Lunatic asylums in Bengal annual reports 1912-1924 - 1912-1924
Year: 1912
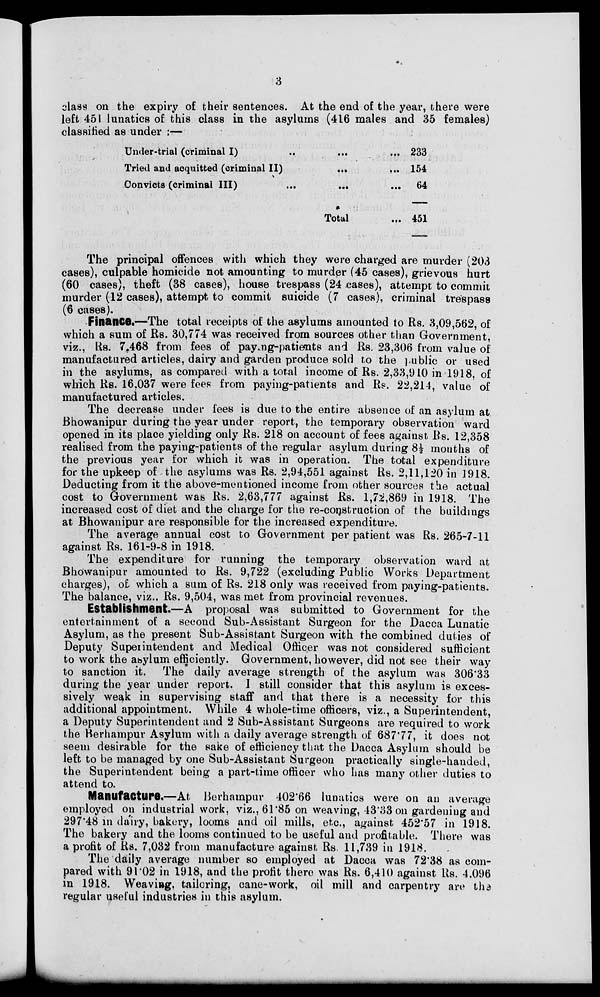
3
class on the expiry of their sentences. At the end of the year, there were
left 451 lunatics of this class in the asylums (416 males and 35 females)
classified as under :—
Under-trial (criminal I) ... ... ...
Tried and acquitted (criminal II) ... ...
Convicts (criminal III)
...
...
...
Total ...
233
154
64
451
The principal offences with which they were charged are murder (203
cases), culpable homicide not amounting to murder (45 cases), grievous hurt
(60 cases), theft (38 cases), house trespass (24 cases), attempt to commit
murder (12 cases), attempt to commit suicide (7 cases), criminal trespass
(6 cases).
Finance.—The total receipts of the asylums amounted to Rs. 3,09,562, of
which a sum of Rs. 30,774 was received from sources other than Government,
viz., Rs. 7,468 from fees of paying-patients and Rs. 23,306 from value of
manufactured articles, dairy and garden produce sold to the public or used
in the asylums, as compared with a total income of Rs. 2,33,910 in 1918, of
which Rs. 16.037 were fees from paying-patients and Rs. 22,214, value of
manufactured articles.
The decrease under fees is due to the entire absence of an asylum at
Bhowanipur during the year under report, the temporary observation ward
opened in its place yielding only Rs. 218 on account of fees against Rs. 12,358
realised from the paying-patients of the regular asylum during 8½ months of
the previous year for which it was in operation. The total expenditure
for the upkeep of the asylums was Rs. 2,94,551 against Rs. 2,11,120 in 1918.
Deducting from it the above-mentioned income from other sources the actual
cost to Government was Rs. 2,63,777 against Rs. 1,72,869 in 1918. The
increased cost of diet and the charge for the re-construction of the buildings
at Bhowanipur are responsible for the increased expenditure.
The average annual cost to Government per patient was Rs. 265-7-11
against Rs. 161-9-8 in 1918.
The expenditure for running the temporary observation ward at
Bhowanipur amounted to Rs. 9,722 (excluding Public Works Department
charges), of which a sum of Rs. 218 only was received from paying-patients.
The balance, viz.. Rs. 9,504, was met from provincial revenues.
Establishment.—A proposal was submitted to Government for the
entertainment of a second Sub-Assistant Surgeon for the Dacca Lunatic
Asylum, as the present Sub-Assistant Surgeon with the combined duties of
Deputy Supeiintendent and Medical Officer was not considered sufficient
to work the asylum efficiently. Government, however, did not see their way
to sanction it. The daily average strength of the asylum was 306.33
during the year under report. I still consider that this asylum is exces-
sively weak in supervising staff and that there is a necessity for this
additional appointment. While 4 whole-time officers, viz., a Superintendent,
a Deputy Superintendent and 2 Sub-Assistant Surgeons are required to work
the Berhampur Asylum with a daily average strength of 687.77, it does not
seem desirable for the sake of efficiency that the Dacca Asylum should be
left to be managed by one Sub-Assistant Surgeon practically single-handed,
the Superintendent being a part-time officer who has many other duties to
attend to.
Manufacture.—At. Berhampur 402.66 lunatics were on an average
employed on industrial work, viz., 61.85 on weaving, 43.33 on gardening and
297.48 in dairy, bakery, looms and oil mills, etc., against 452.57 in 1918.
The bakery and the looms continued to be useful and profitable. There was
a profit of Rs. 7,032 from manufacture against Rs. 11,739 in 1918.
The daily average number so employed at Dacca was 72.38 as com-
pared with 91.02 in 1918, and the profit there was Rs. 6,410 against Rs. 4.096
in 1918. Weaving, tailoring, cane-work, oil mill and carpentry are the
regular useful industries in this asylum.